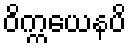
ဝိက္ကယေနပိ